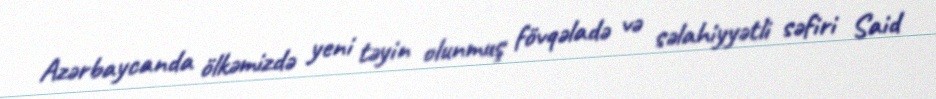
Azərbaycanda ölkəmizdə yeni təyin olunmuş fövqəladə və səlahiyyətli səfiri Said